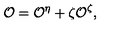
{ \cal O } = { \cal O } ^ { \eta } + \zeta { \cal O } ^ { \zeta } ,